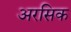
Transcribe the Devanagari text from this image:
अरसिक